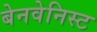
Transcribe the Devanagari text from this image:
बेनवेनिस्ट